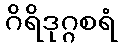
ဂိရိဒုဂ္ဂစရံ